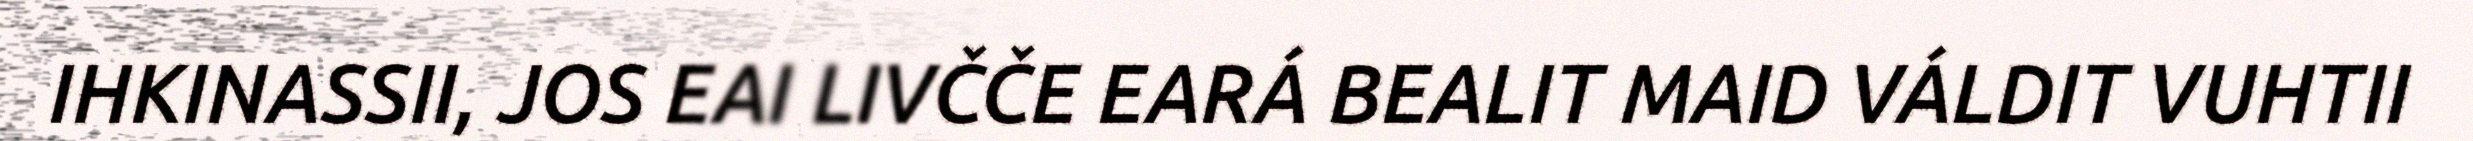
IHKINASSII, JOS EAI LIVČČE EARÁ BEALIT MAID VÁLDIT VUHTII